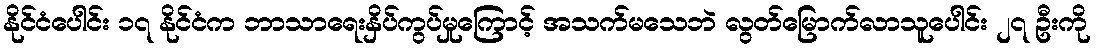
နိုင်ငံပေါင်း ၁၇ နိုင်ငံက ဘာသာရေးနှိပ်ကွပ်မှုကြောင့် အသက်မသေဘဲ လွတ်မြောက်လာသူပေါင်း ၂၇ ဦးကို